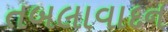
તબલાવાદન